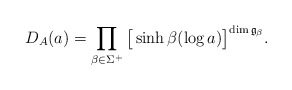
\begin{align*}D_{A}(a)=\prod_{\beta\in\Sigma^+}\big[\sinh \beta(\log a)\big]^{\dim \frak{g}_{\beta}}.\end{align*}